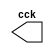
 // Guia 09 - Capitulo 3
 // Nome: Karen Alves Pereira
 // Data: 14/04/2011

 //-- Clock
 module clock ( cck );
 output cck;
 reg    cck;

 initial
  begin
   cck = 1'b0;
  end

 always
  begin
   #12 cck = ~cck;
  end
 endmodule


 module exercicio01(signal,clock);
 input  clock;
 output signal;
 reg    signal;

  initial
  begin
   signal = 1'b0;
  end

 always
  begin
   #6 signal = ~signal;
	
  end
 endmodule


 //-- Teste
 module teste;

 wire  clock;
 clock cck1 ( clock );
 wire saida;
 
 exercicio01 EX01 (saida,clock);

 initial begin
  $display ( "Guia09 - Exercicio01 - Karen Alves - 407451" );
  $dumpfile ( "Guia09_Exercicio01.vcd" );
  $dumpvars (1,clock,saida);
  #120 $finish;
  
 end
 endmodule